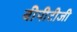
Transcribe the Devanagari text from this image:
बीपीटीजी